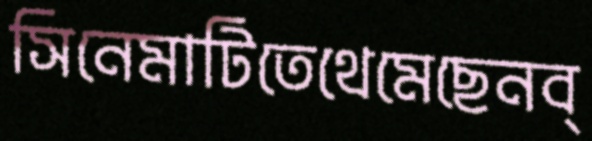
সিনেমাটিতেথেমেছেনব্